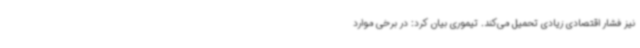
نیز فشار اقتصادی زیادی تحمیل می‌کند. تیموری بیان کرد: در برخی موارد